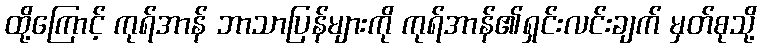
ထို့ကြောင့် ကုရ်အာန် ဘာသာပြန်များကို ကုရ်အာန်၏ရှင်းလင်းချက် မှတ်စုသို့